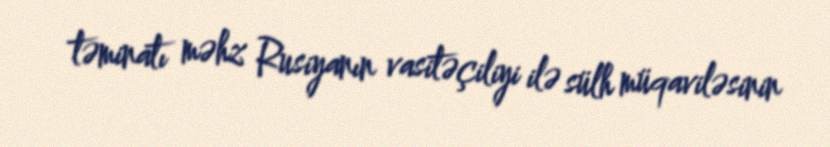
təminatı məhz Rusiyanın vasitəçiliyi ilə sülh müqaviləsinin